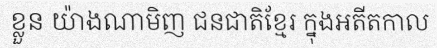
ខ្លួន យ៉ាងណាមិញ ជនជាតិខ្មែរ ក្នុងអតីតកាល